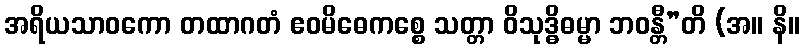
အရိယသာဝကော တထာဂတံ ဧဝမိဓေကစ္စေ သတ္တာ ဝိသုဒ္ဓိဓမ္မာ ဘဝန္တီ”တိ (အ။ နိ။